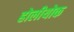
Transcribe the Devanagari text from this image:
होलीयोक